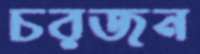
চরজন